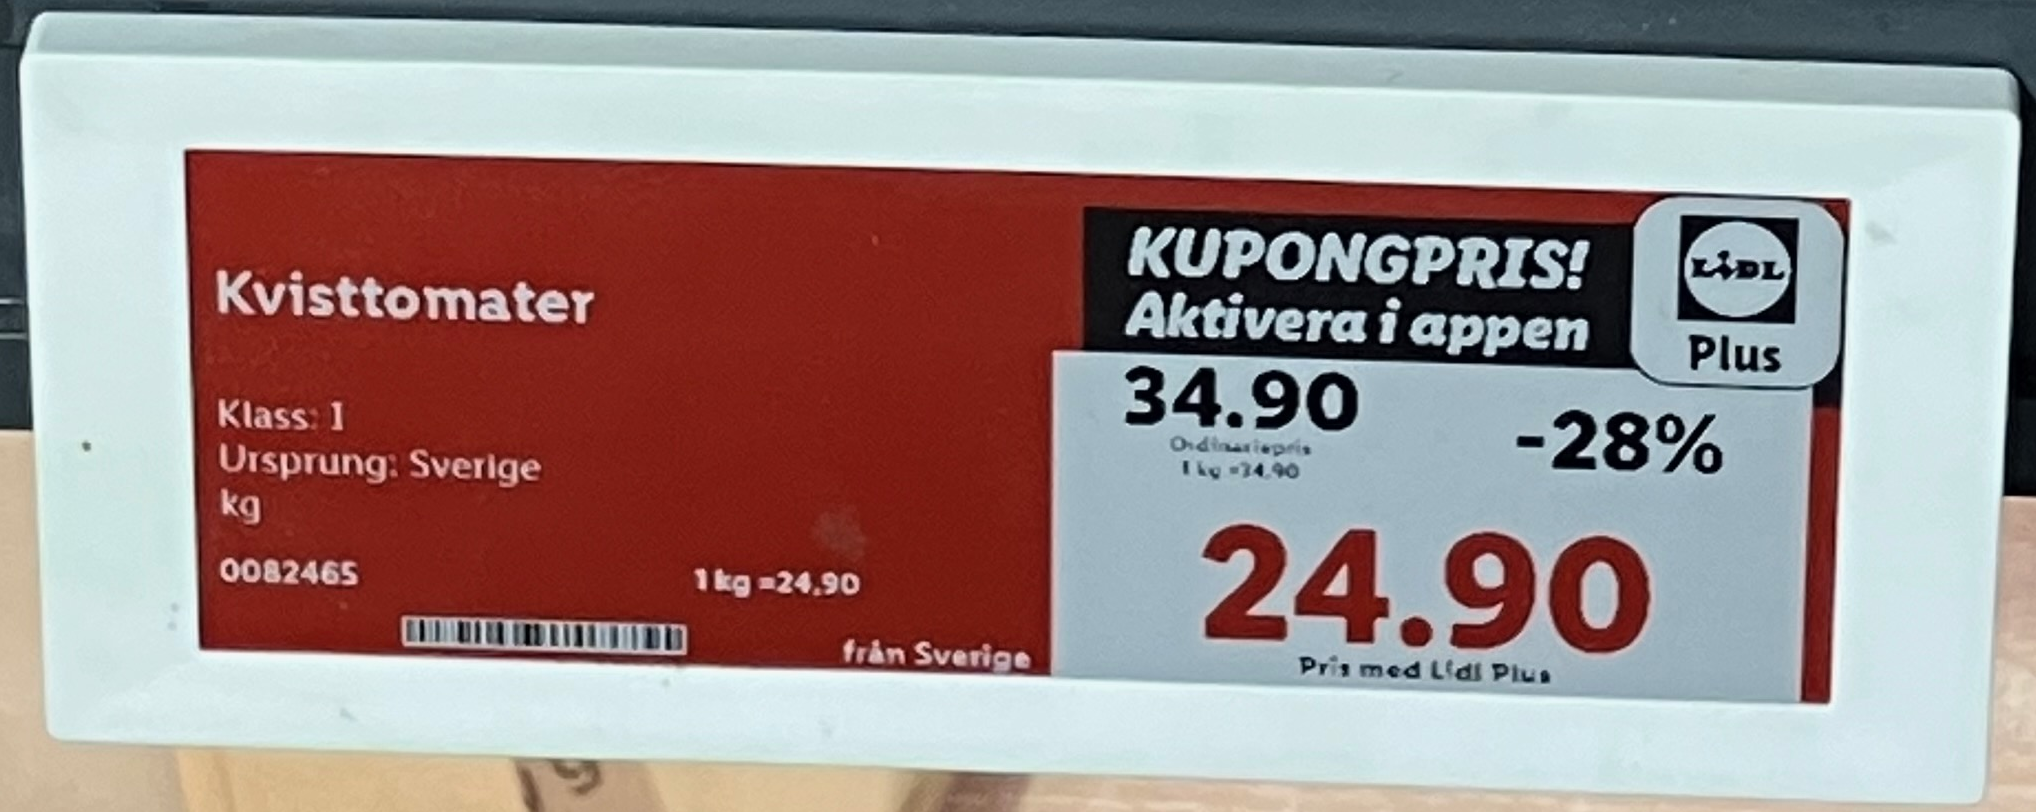
Vara: Kvisttomater
Genomsnittspris: 24.9 per kg